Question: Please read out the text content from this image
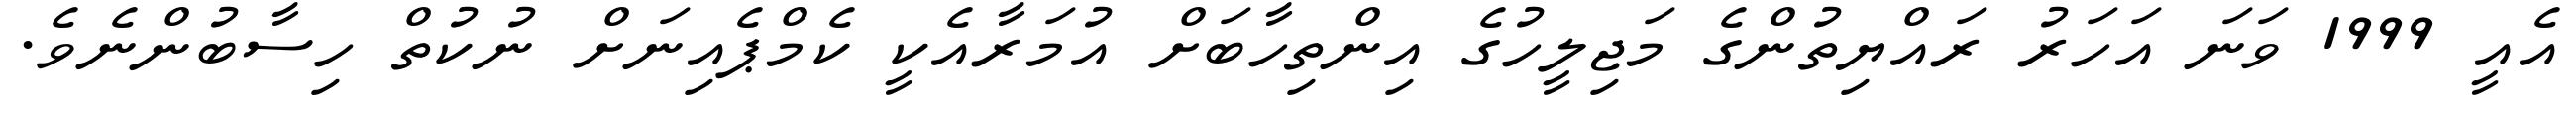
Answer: އެއީ 1999 ވަނަ އަހަރު ރައްޔިތުންގެ މަޖިލީހުގެ އިންތިހާބަށް އުމަރާއެކީ ކެމްޕެއިނަށް ނުކުތް ހިސާބުންނެވެ.